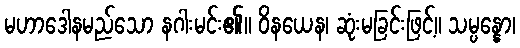
မဟာဒေါနမည်သော နဂါးမင်း၏။ ဝိနယေန၊ ဆုံးမခြင်းဖြင့်။ သမ္ပန္နော၊